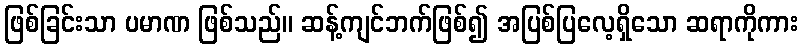
ဖြစ်ခြင်းသာ ပမာဏ ဖြစ်သည်။ ဆန့်ကျင်ဘက်ဖြစ်၍ အပြစ်ပြလေ့ရှိသော ဆရာကိုကား